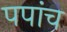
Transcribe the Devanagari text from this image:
पपांच